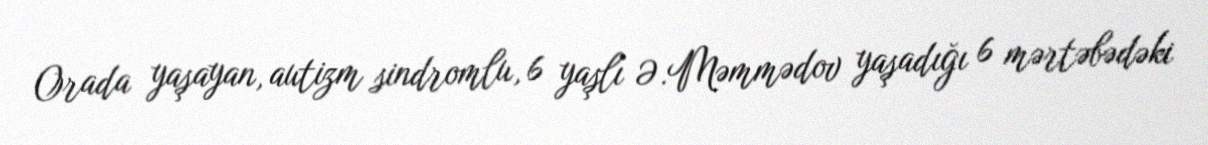
Orada yaşayan, autizm sindromlu, 6 yaşlı Ə.Məmmədov yaşadığı 6 mərtəbədəki